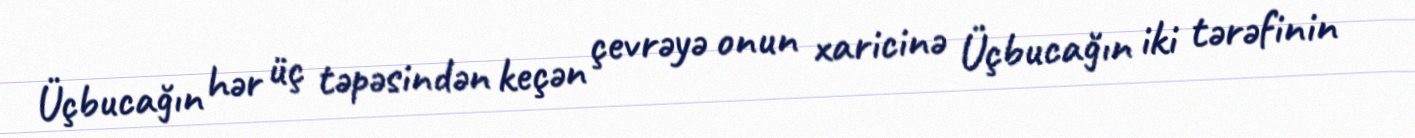
Üçbucağın hər üç təpəsindən keçən çevrəyə onun xaricinə Üçbucağın iki tərəfinin